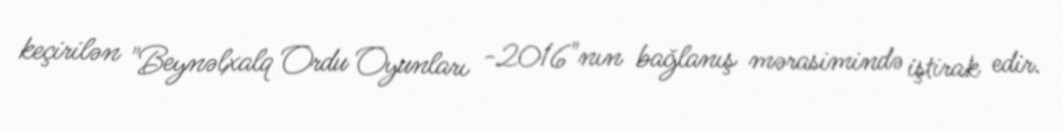
keçirilən "Beynəlxalq Ordu Oyunları -2016"nın bağlanış mərasimində iştirak edir.